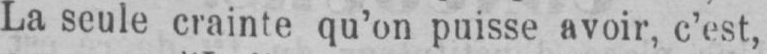
La seule crainte qu’on puisse avoir, c’est,